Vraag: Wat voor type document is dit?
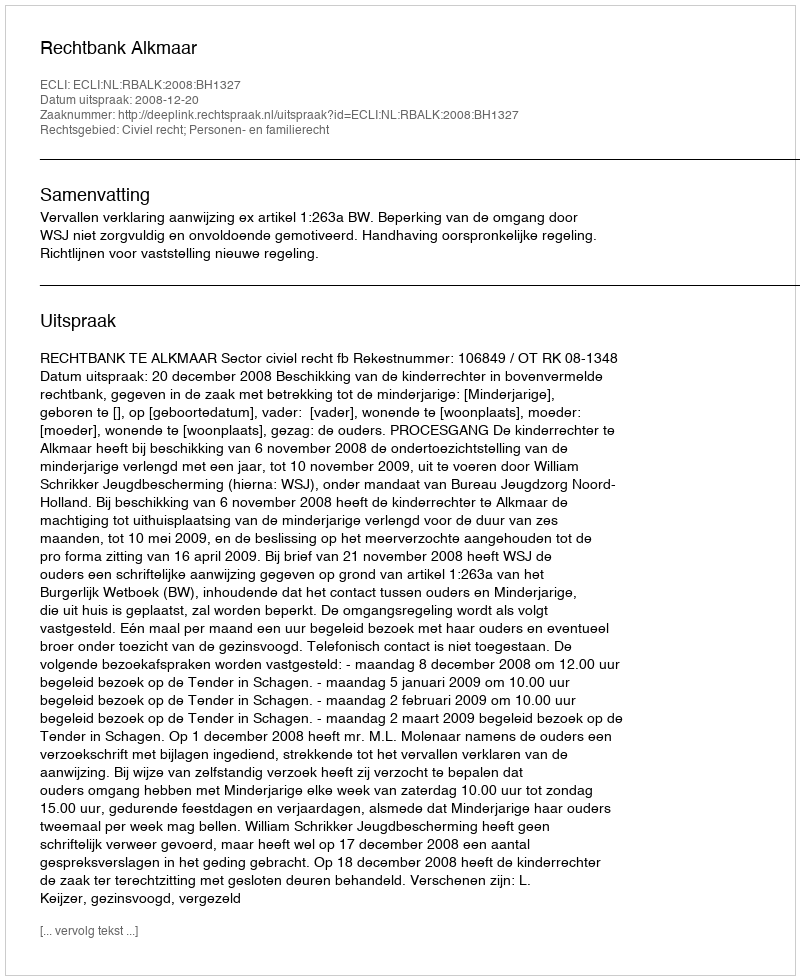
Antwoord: Uitspraak